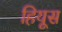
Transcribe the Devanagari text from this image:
हियूस